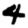
Digit: 4